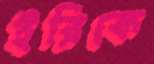
ইরিকে